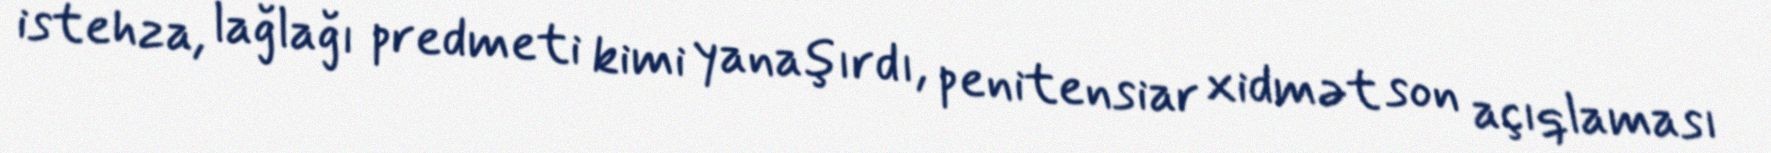
istehza, lağlağı predmeti kimi yanaşırdı, penitensiar xidmət son açıqlaması